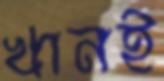
খানই